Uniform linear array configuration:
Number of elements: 8
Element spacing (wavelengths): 0.25
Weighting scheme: cosine
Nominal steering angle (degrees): -60
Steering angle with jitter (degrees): -58.413
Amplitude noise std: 0.05
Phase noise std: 0.05

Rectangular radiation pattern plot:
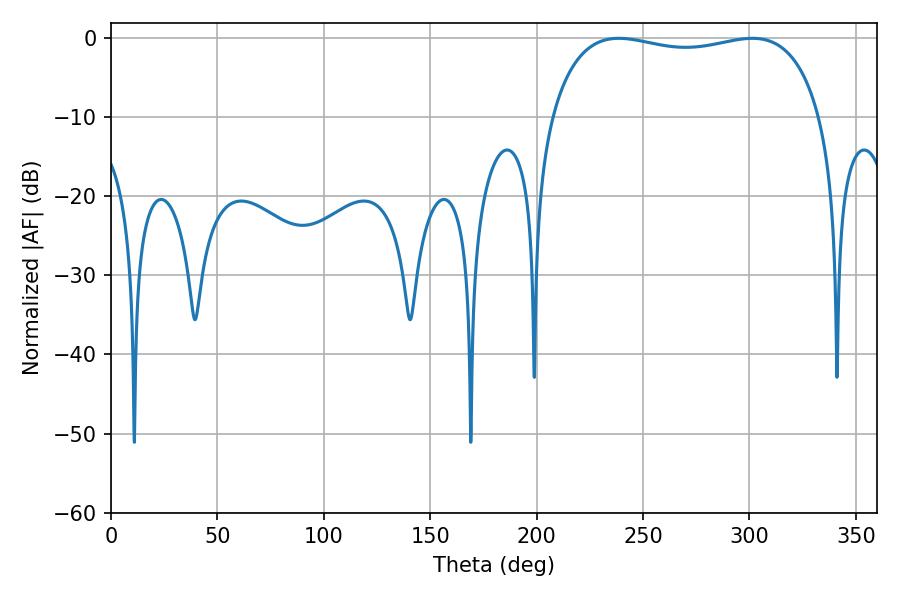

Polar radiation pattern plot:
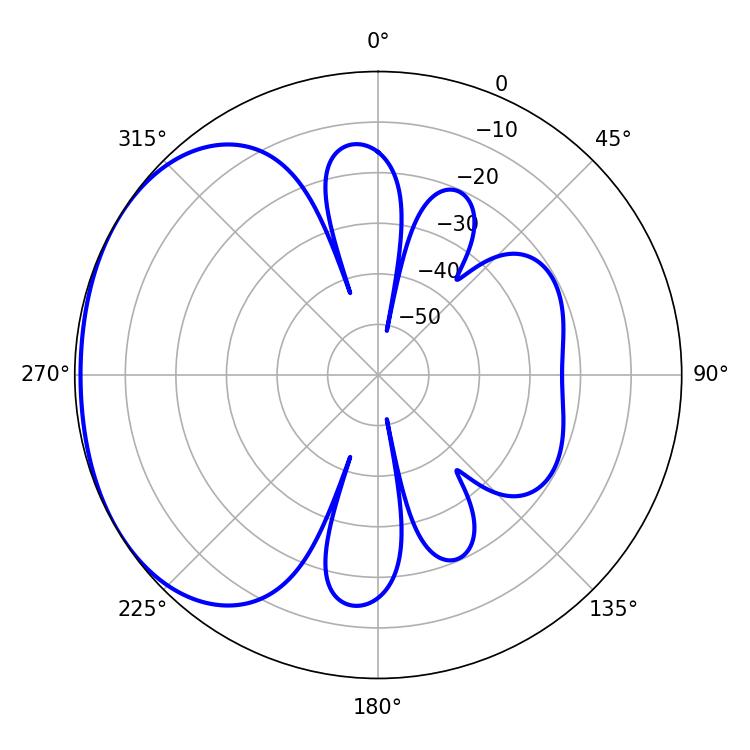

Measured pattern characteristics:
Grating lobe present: FALSE
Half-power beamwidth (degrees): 102.96
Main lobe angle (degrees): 238.68